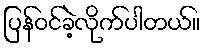
ပြန်ဝင်ခဲ့လိုက်ပါတယ်။